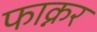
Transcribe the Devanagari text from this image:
फाक्नर